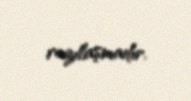
razılaşmadır.